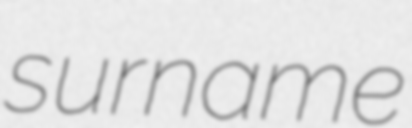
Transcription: surname